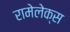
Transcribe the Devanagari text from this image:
रामेलेक्स